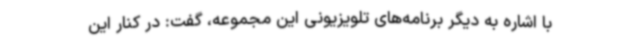
با اشاره به دیگر برنامه‌های تلویزیونی این مجموعه، گفت: در کنار این